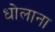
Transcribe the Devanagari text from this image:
धोलाना